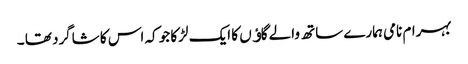
بہرام نامی ہمارے ساتھ والے گاﺅں کا ایک لڑکا جو کہ اس کا شاگرد تھا ۔